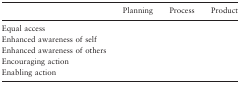
|  | Planning | Process | Product |
 | --- | --- | --- | --- |
 | Equal access |  |  |  |
 | Enhanced awareness of self |  |  |  |
 | Enhanced awareness of others |  |  |  |
 | Encouraging action |  |  |  |
 | Enabling action |  |  |  |